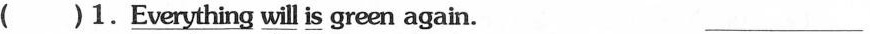
( )1.\underline{Everything will is }green again. ___